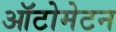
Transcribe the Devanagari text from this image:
ऑटोमेटन